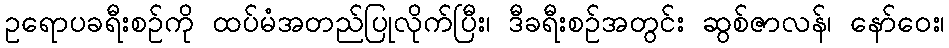
ဥရောပခရီးစဉ်ကို ထပ်မံအတည်ပြုလိုက်ပြီး၊ ဒီခရီးစဉ်အတွင်း ဆွစ်ဇာလန်၊ နော်ဝေး၊